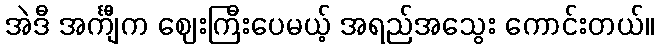
အဲဒီ အင်္ကျီက ဈေးကြီးပေမယ့် အရည်အသွေး ကောင်းတယ်။